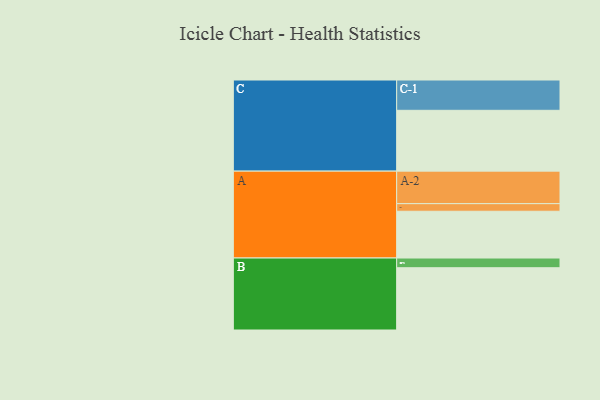
{"axis": {"x": "Segment", "y": "Value"}, "legend": ["", "A", "B", "C"], "data": [{"x": "A", "y": 420, "type": ""}, {"x": "B", "y": 559, "type": ""}, {"x": "C", "y": 546, "type": ""}, {"x": "A-1", "y": 68, "type": "A"}, {"x": "A-2", "y": 292, "type": "A"}, {"x": "B-1", "y": 87, "type": "B"}, {"x": "C-1", "y": 272, "type": "C"}]}